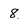
Character: 8